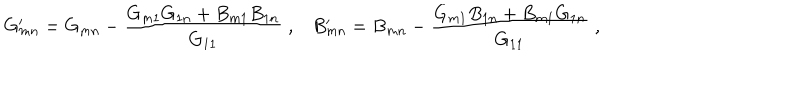
LaTeX: G _ { m n } ^ { \prime } = G _ { m n } - \frac { G _ { m 1 } G _ { 1 n } + B _ { m 1 } B _ { 1 n } } { G _ { 1 1 } } \; , B _ { m n } ^ { \prime } = B _ { m n } - \frac { G _ { m 1 } B _ { 1 n } + B _ { m 1 } G _ { 1 n } } { G _ { 1 1 } } \; ,